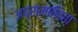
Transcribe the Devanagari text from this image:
अप्रामाणिता